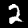
Digit: 2